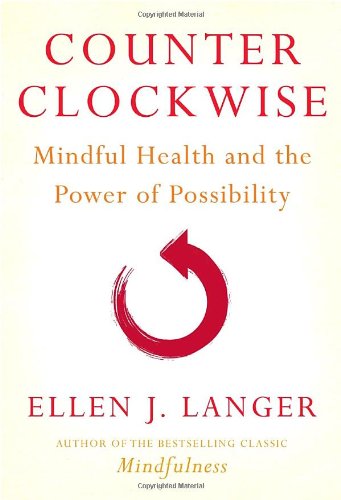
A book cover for Counterclockwise: Mindful Health and the Power of Possibility; Ellen J. Langer; Health, Fitness & Dieting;